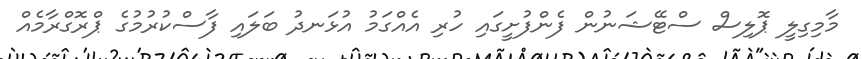
މާމިގިލީ ޕޮލިސް ސްޓޭޝަނުން ފެންފުށީގައި ހުރި އެއްގަމު އުޅަނދު ބަލައި ފާސްކުރުމުގެ ޕްރޮގްރާމެއް